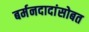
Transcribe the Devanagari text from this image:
बर्मनदादांसोबत